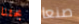
بحثنا صنعا